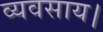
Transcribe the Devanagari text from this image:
व्यवसाय।